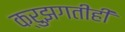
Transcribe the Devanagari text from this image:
क्रुझगतीही